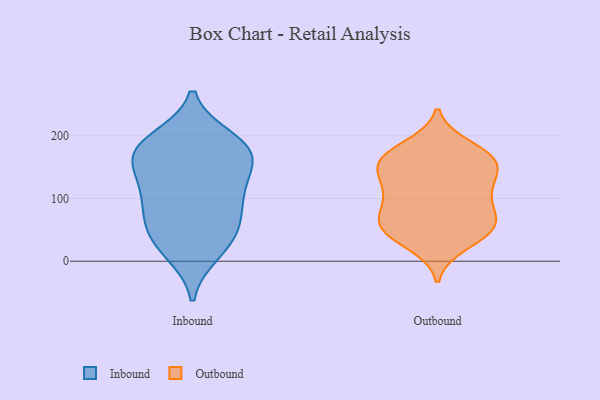
{"axis": {"x": "Satisfaction Score", "y": "Value"}, "legend": ["Inbound", "Outbound"], "data": [{"x": "", "y": 27, "type": "Inbound"}, {"x": "", "y": 78, "type": "Inbound"}, {"x": "", "y": 159, "type": "Inbound"}, {"x": "", "y": 168, "type": "Inbound"}, {"x": "", "y": 15, "type": "Inbound"}, {"x": "", "y": 176, "type": "Inbound"}, {"x": "", "y": 50, "type": "Inbound"}, {"x": "", "y": 174, "type": "Inbound"}, {"x": "", "y": 111, "type": "Inbound"}, {"x": "", "y": 53, "type": "Inbound"}, {"x": "", "y": 182, "type": "Inbound"}, {"x": "", "y": 193, "type": "Inbound"}, {"x": "", "y": 102, "type": "Inbound"}, {"x": "", "y": 120, "type": "Inbound"}, {"x": "", "y": 79, "type": "Outbound"}, {"x": "", "y": 52, "type": "Outbound"}, {"x": "", "y": 157, "type": "Outbound"}, {"x": "", "y": 182, "type": "Outbound"}, {"x": "", "y": 159, "type": "Outbound"}, {"x": "", "y": 56, "type": "Outbound"}, {"x": "", "y": 58, "type": "Outbound"}, {"x": "", "y": 75, "type": "Outbound"}, {"x": "", "y": 165, "type": "Outbound"}, {"x": "", "y": 116, "type": "Outbound"}, {"x": "", "y": 143, "type": "Outbound"}, {"x": "", "y": 99, "type": "Outbound"}, {"x": "", "y": 121, "type": "Outbound"}, {"x": "", "y": 54, "type": "Outbound"}, {"x": "", "y": 118, "type": "Outbound"}, {"x": "", "y": 40, "type": "Outbound"}, {"x": "", "y": 164, "type": "Outbound"}, {"x": "", "y": 27, "type": "Outbound"}, {"x": "", "y": 168, "type": "Outbound"}]}